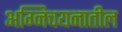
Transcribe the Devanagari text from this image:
अग्निचयनातील